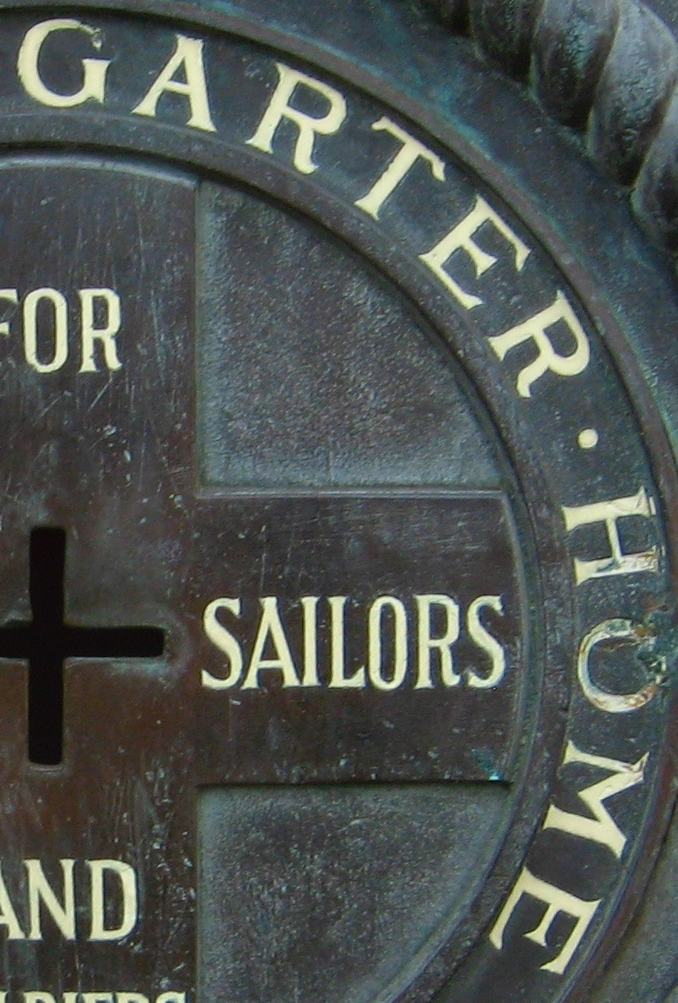
GARTER·HOME